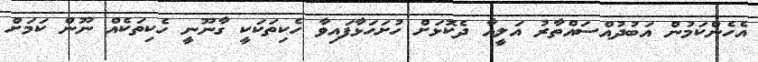
އެހެންކަމުން އަބުދުއްްސައްތާރު އަލީއާ ދެކޮޅަށް ހުށަހަޅާފައިވާ ހެކިތަކަކީ ގާނޫނީ ހެކިތަކެއް ނޫން ކަމަށް